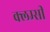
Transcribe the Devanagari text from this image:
क्लम्सी